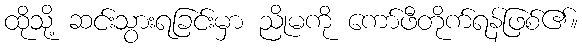
ထိုသို့ ဆင်းသွားရခြင်းမှာ ညိုမကို ကော်ဖီတိုက်ရန်ဖြစ်၏။